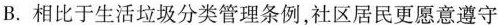
B.相比于生活垃圾分类管理条例，社区居民更愿意遵守